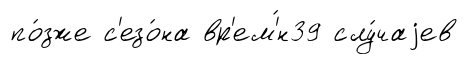
по́зже с'езо́на вр'ем'́н39 слу́чаjев